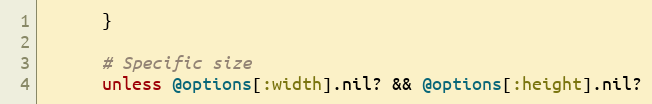
Language: Ruby
      }

      # Specific size
      unless @options[:width].nil? && @options[:height].nil?